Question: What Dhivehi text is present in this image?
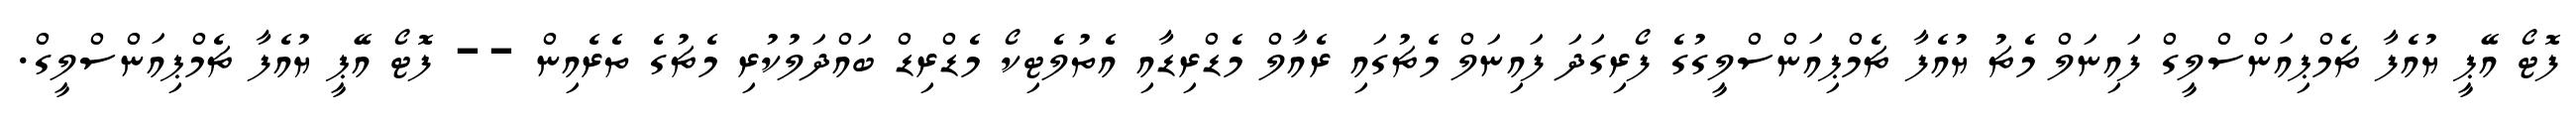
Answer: ފޮޓޯ އޭޕީ ޔުއެފާ ޗެމްޕިއަންސްލީގް ފައިނަލް މެޗު ޔުއެފާ ޗެމްޕިއަންސްލީގުގެ ފޯރިގަދަ ފައިނަލް މެޗުގައި ރެއާލް މެޑްރިޑާއި އެތުލެޓިކޯ މެޑްރިޑް ބައްދަލުކުރި މެޗުގެ ތެރެއިން -- ފޮޓޯ އޭޕީ ޔުއެފާ ޗެމްޕިއަންސްލީގް.